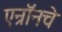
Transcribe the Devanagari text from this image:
एन्रॉनचे